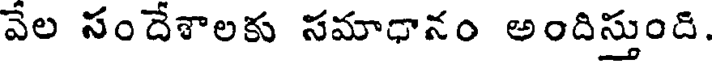
వేల సందేశాలకు సమాధానం అందిస్తుంది.